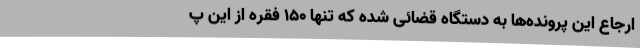
ارجاع این پرونده‌ها به دستگاه قضائی شده که تنها 150 فقره از این پ